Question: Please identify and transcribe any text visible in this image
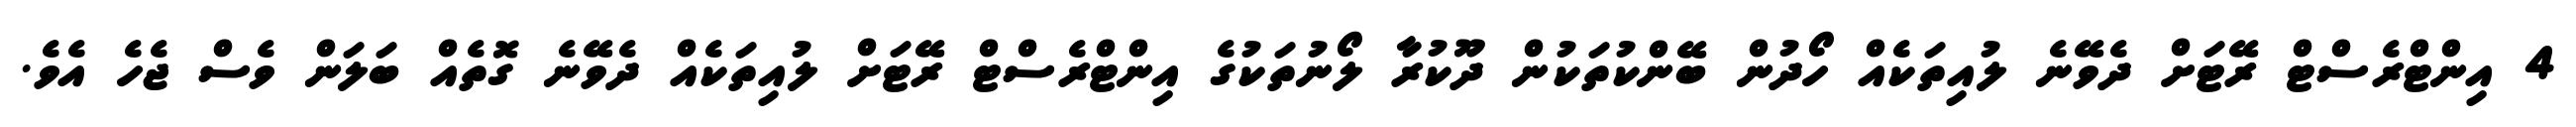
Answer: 4 އިންޓްރެސްޓް ރޭޓަށް ދެވޭނެ ލުއިތަކެއް ހޯދުން ބޭންކުތަކުން ދޫކުރާ ލޯނުތަކުގެ އިންޓްރެސްޓް ރޭޓަށް ލުއިތަކެއް ދެވޭނެ ގޮތެއް ބަލަން ވެސް ޖެހެ އެވެ.